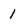
Character: 1